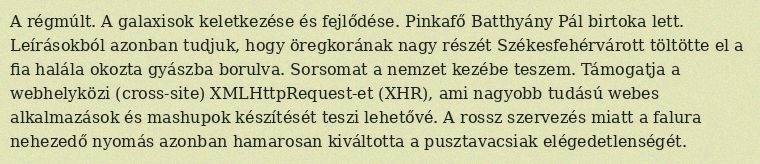
A régmúlt. A galaxisok keletkezése és fejlődése. Pinkafő Batthyány Pál birtoka lett. Leírásokból azonban tudjuk, hogy öregkorának nagy részét Székesfehérvárott töltötte el a fia halála okozta gyászba borulva. Sorsomat a nemzet kezébe teszem. Támogatja a webhelyközi (cross-site) XMLHttpRequest-et (XHR), ami nagyobb tudású webes alkalmazások és mashupok készítését teszi lehetővé. A rossz szervezés miatt a falura nehezedő nyomás azonban hamarosan kiváltotta a pusztavacsiak elégedetlenségét.